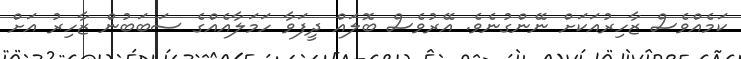
ކަމެއްވެސް ޒާހިރުއަކަަށް ނޭންގުނެވެ. އޭރުވެސް ބޮލައް ދީފަވާ ހަމަލާއެއްގެ ސަބަބުން ޒާހިރު އަށް